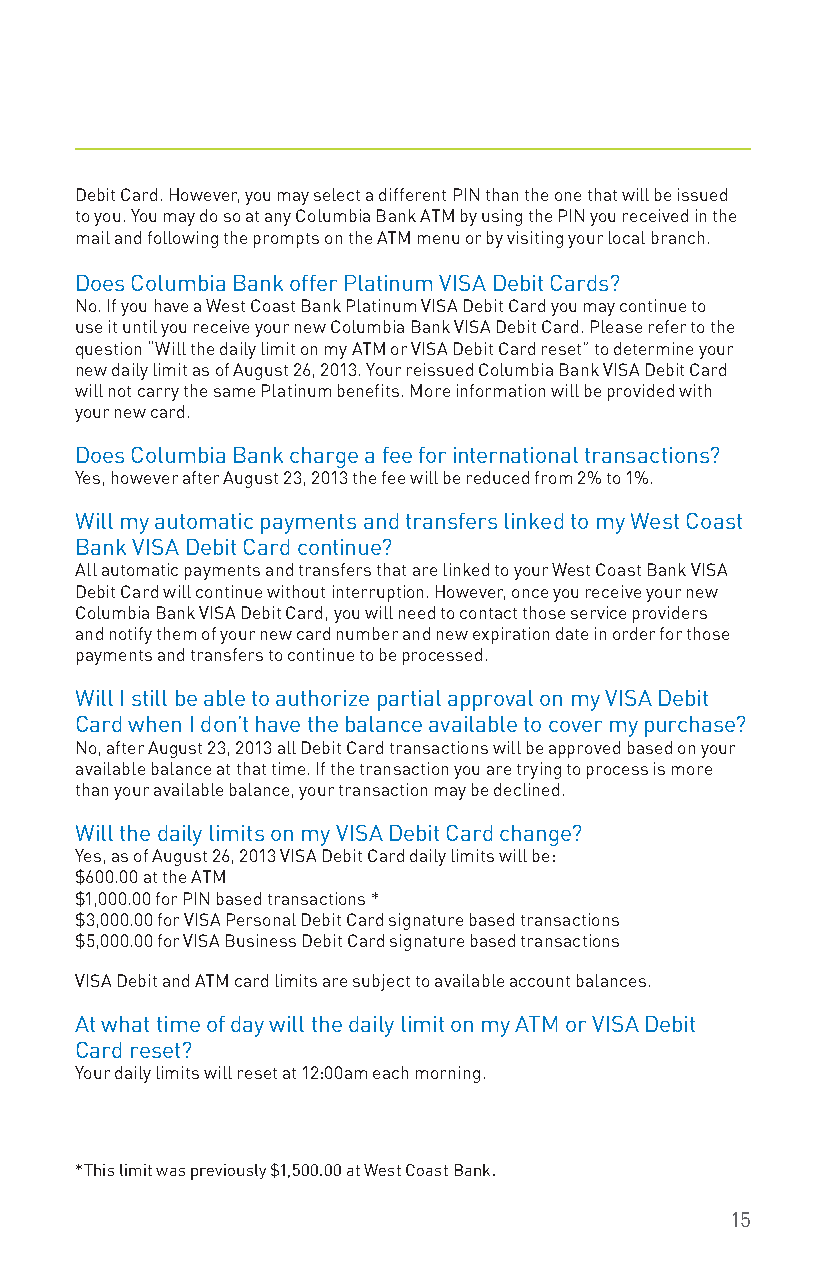
Debit Card. However, you may select a different PIN than the one that will be issued
 to you. You may do so at any Columbia Bank ATM by using the PIN you received in the
 mail and following the prompts on the ATM menu or by visiting your local branch.
 Does Columbia Bank offer Platinum VISA Debit Cards?
 No. If you have a West Coast Bank Platinum VISA Debit Card you may continue to
 use it until you receive your new Columbia Bank VISA Debit Card. Please refer to the
 question “Will the daily limit on my ATM or VISA Debit Card reset” to determine your
 new daily limit as of August 26, 2013. Your reissued Columbia Bank VISA Debit Card
 will not carry the same Platinum benefits. More information will be provided with
 your new card.
 Does Columbia Bank charge a fee for international transactions?
 Yes, however after August 23, 2013 the fee will be reduced from 2% to 1%.
 Will my automatic payments and transfers linked to my West Coast
 Bank VISA Debit Card continue?
 All automatic payments and transfers that are linked to your West Coast Bank VISA
 Debit Card will continue without interruption. However, once you receive your new
 Columbia Bank VISA Debit Card, you will need to contact those service providers
 and notify them of your new card number and new expiration date in order for those
 payments and transfers to continue to be processed.
 Will I still be able to authorize partial approval on my VISA Debit
 Card when I don’t have the balance available to cover my purchase?
 No, after August 23, 2013 all Debit Card transactions will be approved based on your
 available balance at that time. If the transaction you are trying to process is more
 than your available balance, your transaction may be declined.
 Will the daily limits on my VISA Debit Card change?
 Yes, as of August 26, 2013 VISA Debit Card daily limits will be:
 $600.00 at the ATM
 $1,000.00 for PIN based transactions *
 $3,000.00 for VISA Personal Debit Card signature based transactions
 $5,000.00 for VISA Business Debit Card signature based transactions
 VISA Debit and ATM card limits are subject to available account balances.
 At what time of day will the daily limit on my ATM or VISA Debit
 Card reset?
 Your daily limits will reset at 12:00am each morning.
 *This limit was previously $1,500.00 at West Coast Bank.
 15